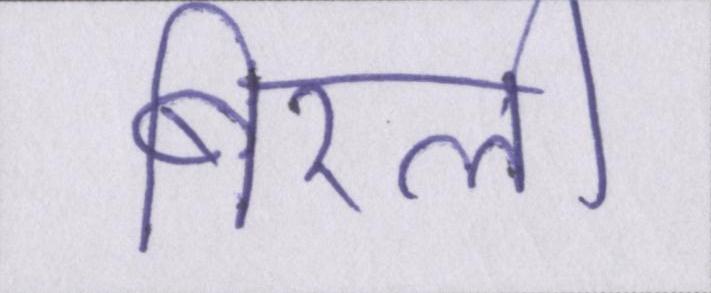
बिरली